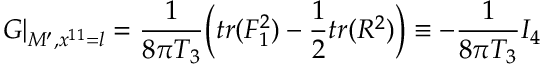
G \vert _ { { \cal M } ^ { \prime } , x ^ { 1 1 } = l } = { \frac { 1 } { 8 \pi T _ { 3 } } } \Big ( t r ( F _ { 1 } ^ { 2 } ) - { \frac { 1 } { 2 } } t r ( R ^ { 2 } ) \Big ) \equiv - { \frac { 1 } { 8 \pi T _ { 3 } } } I _ { 4 }